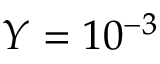
Y = 1 0 ^ { - 3 }